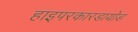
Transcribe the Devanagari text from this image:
हाइपरकारडायोड